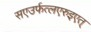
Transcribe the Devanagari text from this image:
सएउर्फत्लएरुइएत्